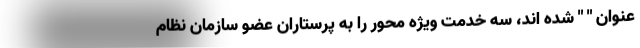
عنوان " " شده اند، سه خدمت ویژه محور را به پرستاران عضو سازمان نظام